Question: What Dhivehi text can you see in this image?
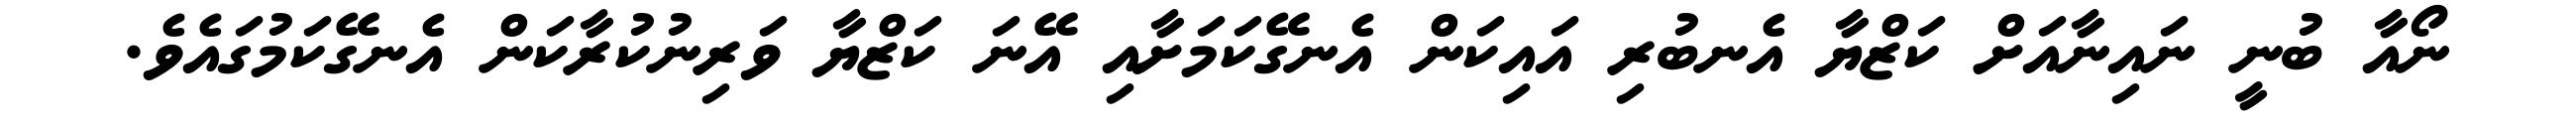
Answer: ނޯއާ ބުނީ ނައިނާއަށް ކަޒްޔާ އެނބުރި އައިކަން އެނގޭކަމަށާއި އޭނަ ކަޒްޔާ ވަރިނުކުރާކަން އެނގޭކަމުގައެވެ.